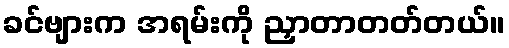
ခင်ဗျားက အရမ်းကို ညှာတာတတ်တယ်။